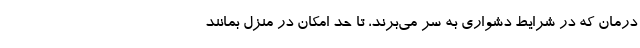
درمان که در شرایط دشواری به سر می‌برند، تا حد امکان در منزل بمانند